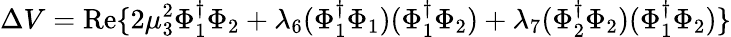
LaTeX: \Delta V=\mathrm{Re}\{ 2\mu_{3}^{2}\Phi_{1}^{\dagger}\Phi_{2}+\lambda_{6}(\Phi_{1}^{\dagger}\Phi_{1})(\Phi_{1}^{\dagger}\Phi_{2})+\lambda_{7}(\Phi_{2}^{\dagger}\Phi_{2})(\Phi_{1}^{\dagger}\Phi_{2})\}